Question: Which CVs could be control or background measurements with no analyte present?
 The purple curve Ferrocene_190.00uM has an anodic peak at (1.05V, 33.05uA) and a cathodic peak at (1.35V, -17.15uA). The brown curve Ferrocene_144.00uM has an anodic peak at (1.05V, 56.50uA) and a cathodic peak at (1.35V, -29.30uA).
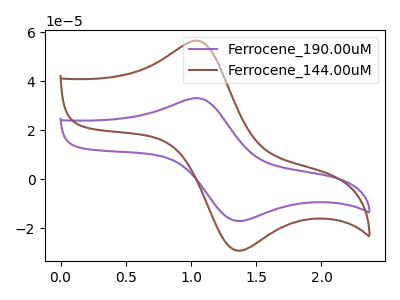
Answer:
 <answer>There are not any CV's on this graph that are likely to be blanks.</answer>
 <eval>none</eval>